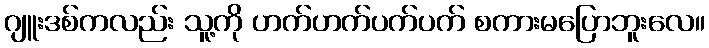
ဂျူးဒစ်ကလည်း သူ့ကို ဟက်ဟက်ပက်ပက် စကားမပြောဘူးလေ။